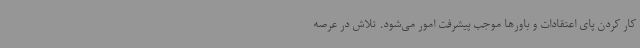
کار کردن پای اعتقادات و باورها موجب پیشرفت امور می‌شود. تلاش در عرصه